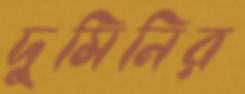
দুমিনির